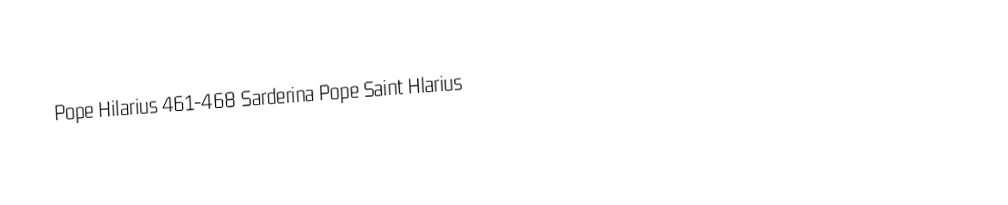
Pope Hilarius 461-468 Sarderina Pope Saint Hlarius